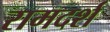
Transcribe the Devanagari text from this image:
रामदर्श